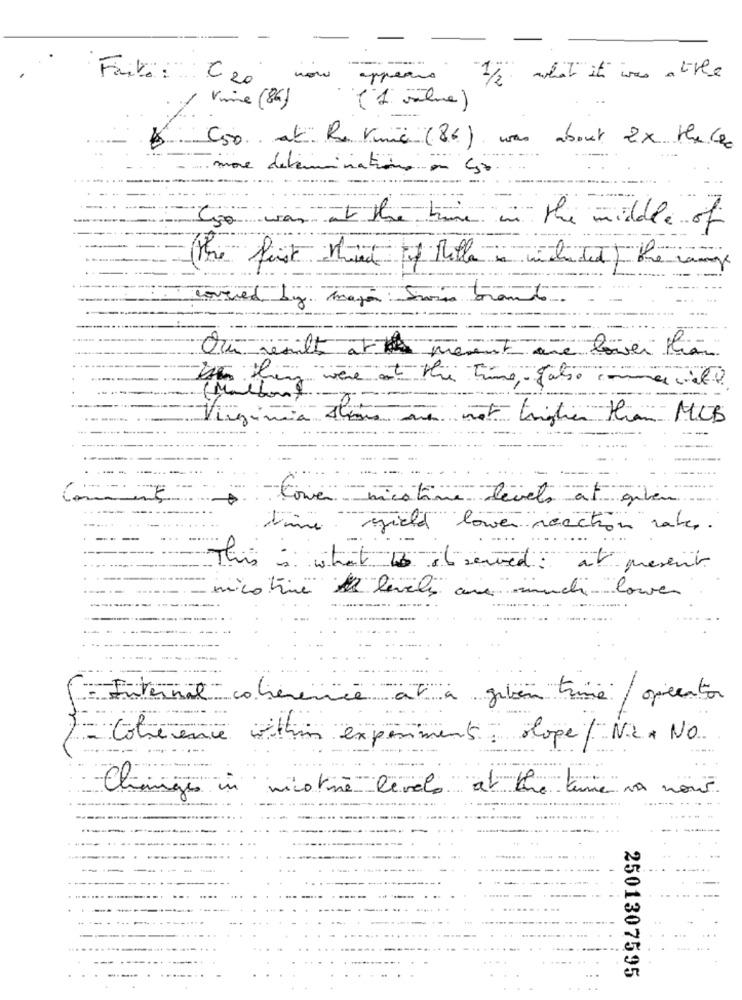
Feito: C20
now
-1/2. what it's was atthe
Vine (84)
Cso at Ru Vic (86) was about 2x the lec
more determinations an ço
Io wan at the time in the middle of
The first thre of Mille e included ) the ring
covered by Maja
metà Suis brant
-----
Our result at mément are lower than
Ist they were at the time falso mmert
(Malbont
--
--...
Virginia Al
sus ane not triglie than MCB
Cover -micatime levels et given
time yield lower reaction rate.
..
This is what to observed : at present
nicotine de levels are much lower
: Internat coherence at à geben trine/operator
- Cohérence within experiment ologe / NR. NO
Changes in nicotine levels at the time na nous
2501307595